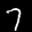
Label: 7